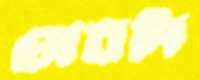
অবদি